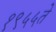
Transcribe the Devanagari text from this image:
१९५५ते